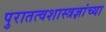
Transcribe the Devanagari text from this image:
पुरातत्वशास्त्रज्ञांच्या